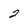
Character: 2